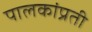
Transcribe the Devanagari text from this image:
पालकांप्रती